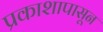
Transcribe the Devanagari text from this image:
प्रकाशापासून